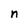
Character: n